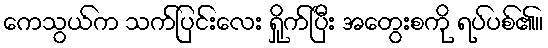
ကေသွယ်က သက်ပြင်းလေး ရှိုက်ပြီး အတွေးစကို ရပ်ပစ်၏။